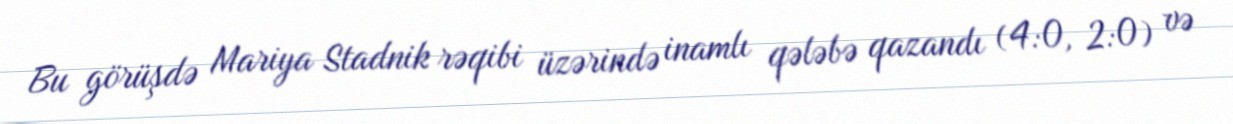
Bu görüşdə Mariya Stadnik rəqibi üzərində inamlı qələbə qazandı (4:0, 2:0) və